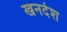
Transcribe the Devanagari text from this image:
खनदेश